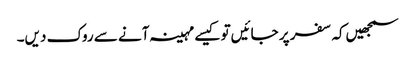
سمجھیں‌کہ سفر پر جائیں‌تو کیسے مہینہ آنے سے روک دیں۔